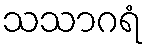
သသာဂရံ